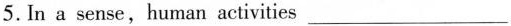
5.In a sense,human activities ___